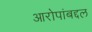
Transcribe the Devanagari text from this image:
आरोपांबद्दल